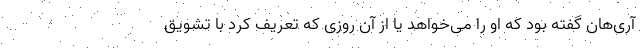
آری‌هان گفته بود که او را می‌خواهد یا از آن روزی که تعریف کرد با تشویق